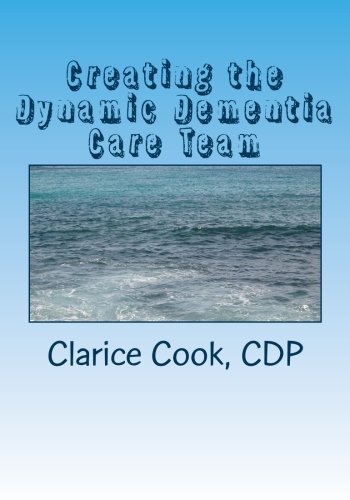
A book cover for Creating the Dynamic Dementia Care Team: Dementia Care Help for Families and Professionals; Clarice Cook; Medical Books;